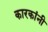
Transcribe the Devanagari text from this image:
कारकांनी